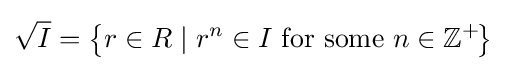
{\sqrt {I}}=\left\{r\in R\mid r^{n}\in I\ {\hbox{for some}}\ n\in \mathbb {Z} ^{+}\!\right\}